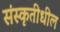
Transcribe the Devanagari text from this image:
संस्कृतीधील